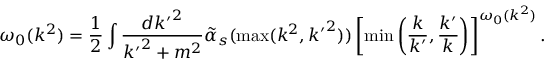
\omega _ { 0 } ( k ^ { 2 } ) = \frac { 1 } { 2 } \int \frac { d { k ^ { \prime } } ^ { 2 } } { { k ^ { \prime } } ^ { 2 } + m ^ { 2 } } \tilde { \alpha } _ { s } ( \operatorname * { m a x } ( k ^ { 2 } , { k ^ { \prime } } ^ { 2 } ) ) \left[ \operatorname * { m i n } \left( \frac { k } { k ^ { \prime } } , \frac { k ^ { \prime } } { k } \right) \right] ^ { \omega _ { 0 } ( k ^ { 2 } ) } .